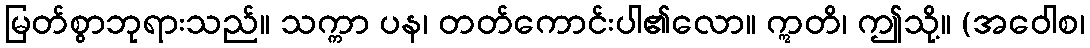
မြတ်စွာဘုရားသည်။ သက္ကာ ပန၊ တတ်ကောင်းပါ၏လော။ ဣတိ၊ ဤသို့။ (အဝေါစ၊